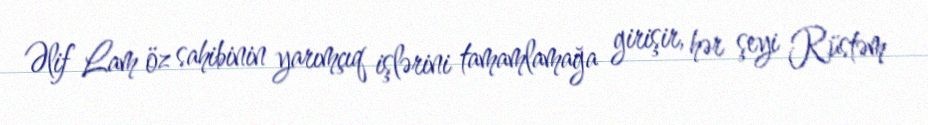
Əlif Lam öz sahibinin yarımçıq işlərini tamamlamağa girişir, hər şeyi Rüstəm